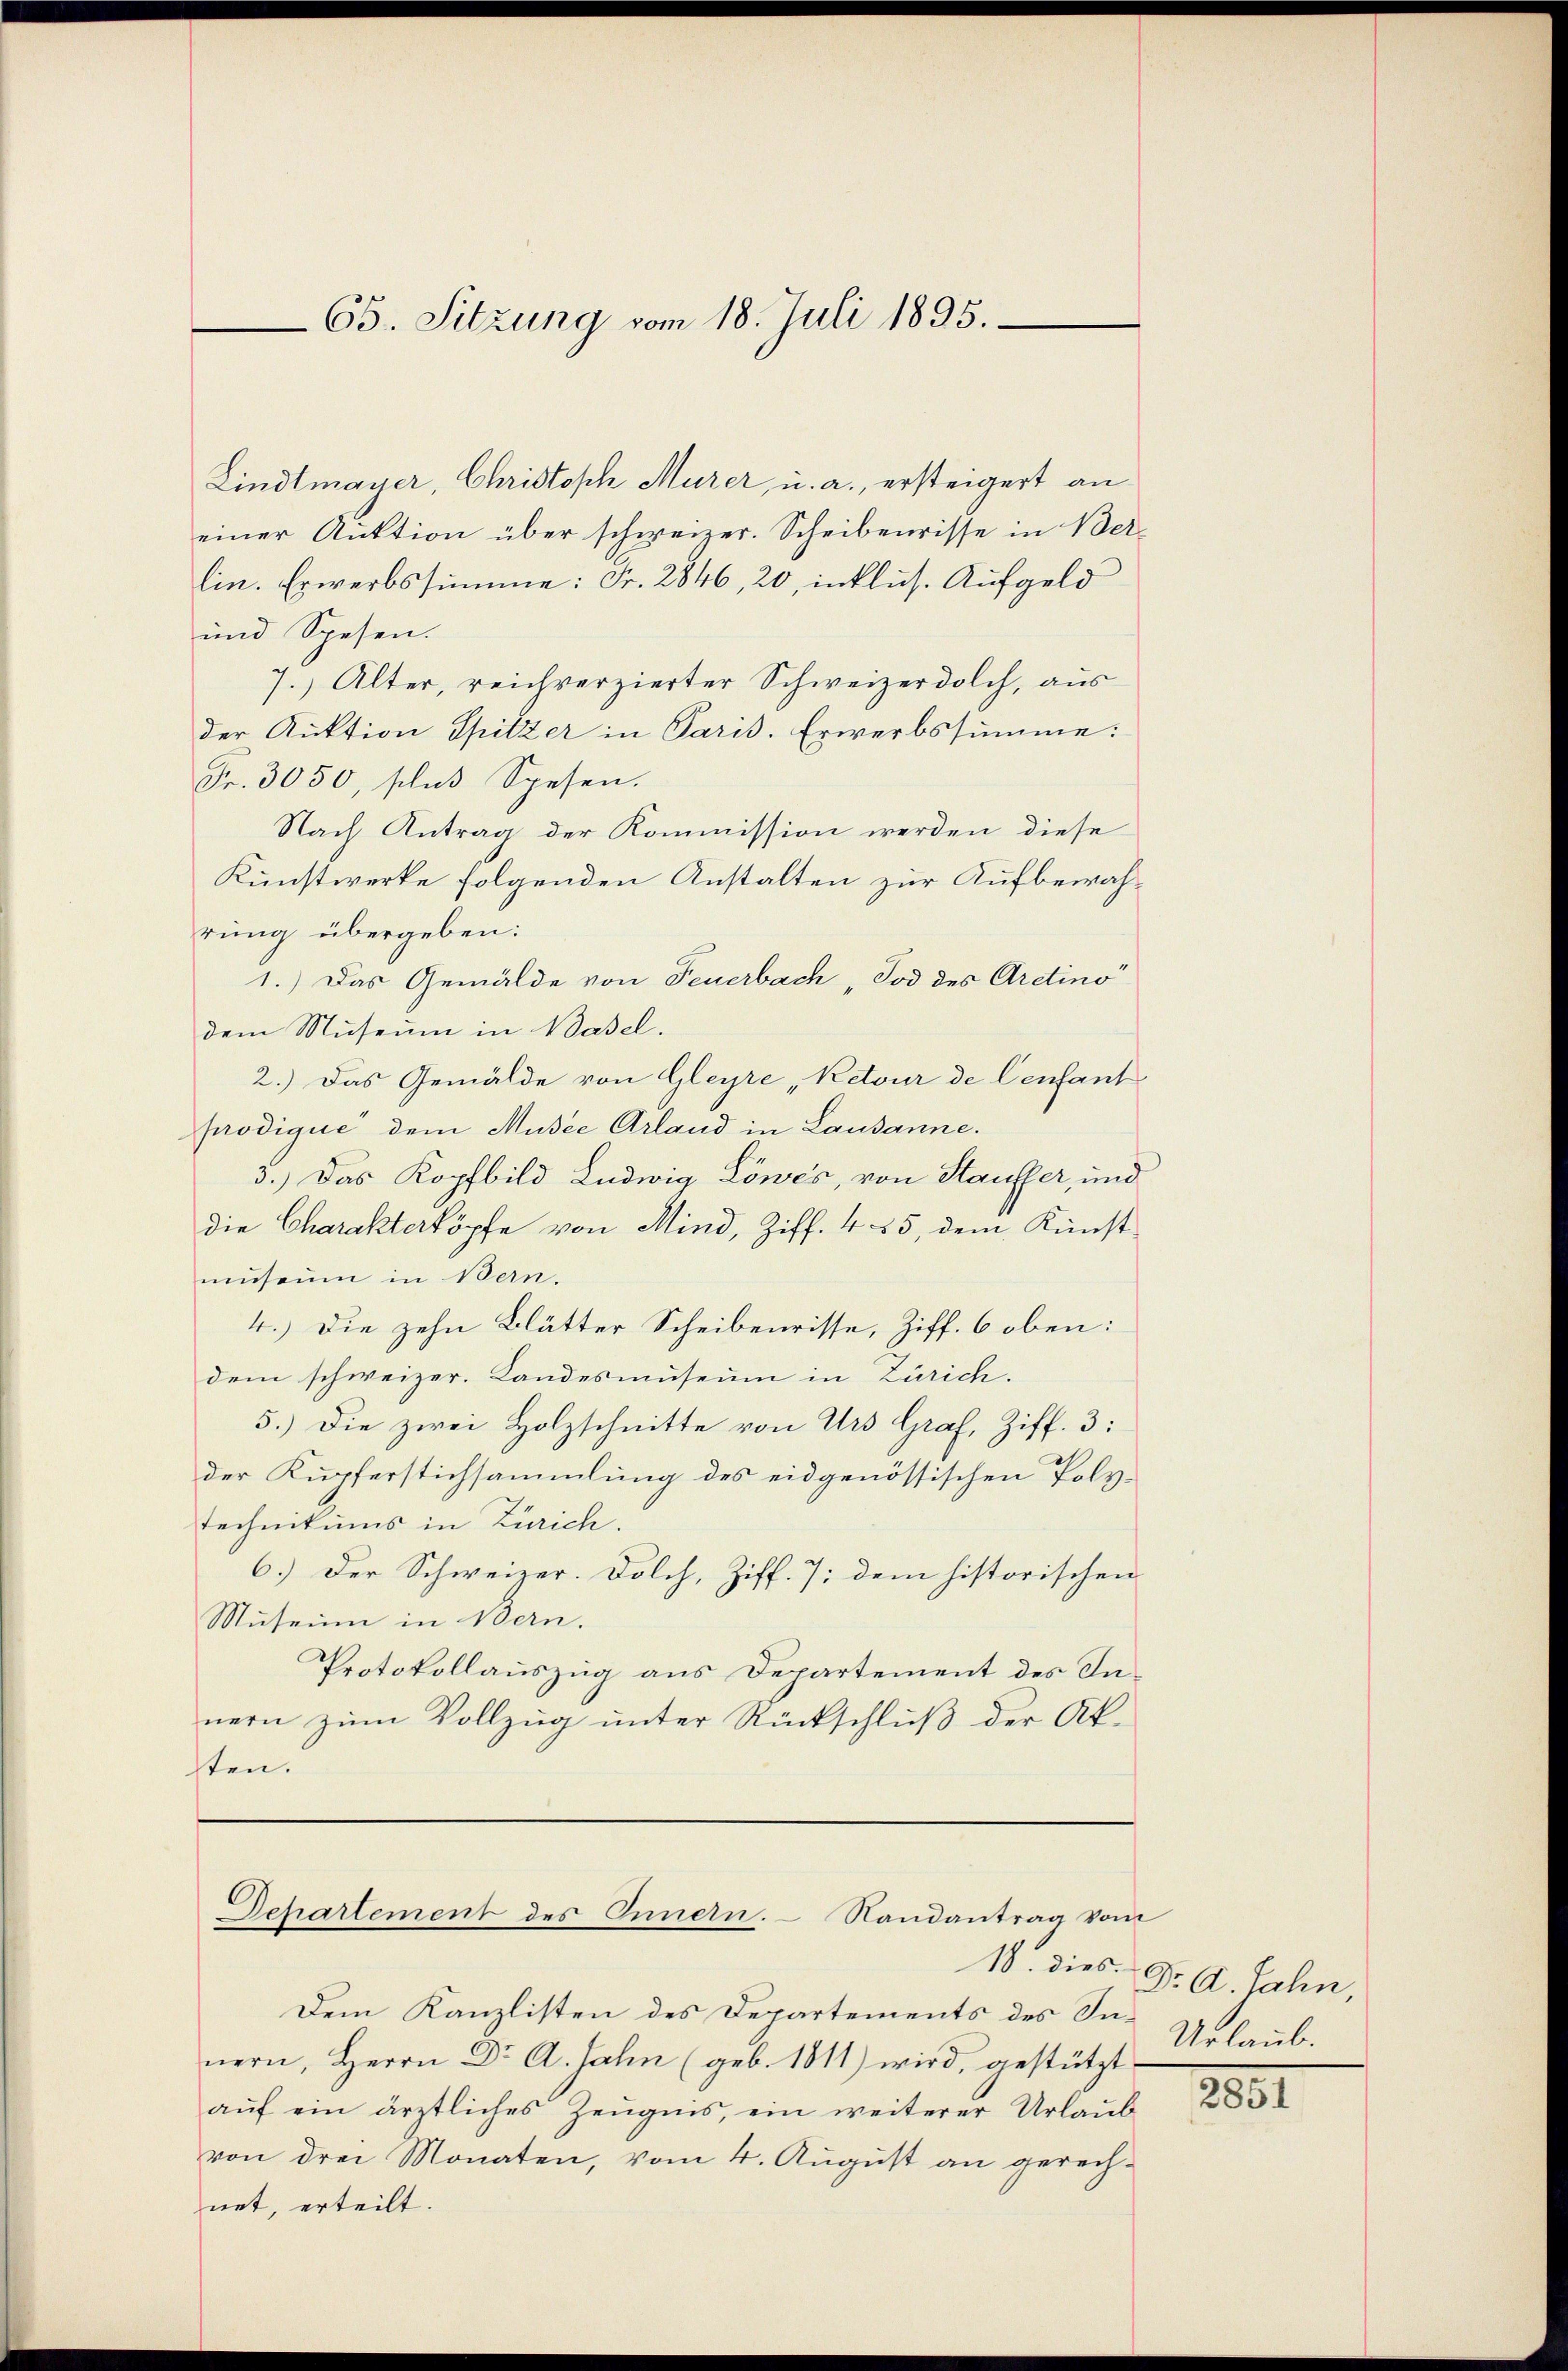
65. Sitzung vom 18. Juli 1895.

Lindtmayer, Christoph Murer, u. a., ersteigert an
einer Auktion über schweizer. Scheibenrisse in Berlin. Erwerbssumme: Fr. 2846, 20, inklus. Aufgeld
und Spesen.
7.) Alter, reichverzierter Schweizerdolch, aus
der Auktion Spitzer in Paris. Erwerbssumme:
Fr. 3050, plus Spesen.
Nach Antrag der Kommission werden diese
Kunstwerke folgenden Anstalten zur Aufbewahrung übergeben:
1.) Das Gemälde von Feuerbach, Tod des Ardino
dem Museum in Basel.
2.) Das Gemälde von Gleyre „Retour de Cenfant
prodique dem Musee Arland in Lausanne.
3.) Das Kopfbild Ludwig Löwes, von Stauffer, und
die Charakterköpfe von Mind, Ziff. 455, dem Kunst-
museum in Bern.
4.) Die zehn Blätter Scheibenrisse, Ziff. 6 oben:
dem schweizer. Landesmuseum in Zürich.
5.) Die zwei Holzschnitte von Urs Graf, Ziff. 3:
der Kupferstichsammlung des eidgenössischen Polytechnikums in Zürich.
6.) Der Schweizer. Dolch, Ziff. 7; dem historischen
Musein in Bern.
Protokollauszug aus Departement des Innern zum Vollzug unter Rückschluß der Ak-
ten.

Departement des Innern. Nandantrag vom
18. dies

Dem Kanzlisten des Departements des In- Urlaub.
nern, Herrn Dr A. Jahn (geb. 1811) wird, gestützt
auf ein ärztliches Zeugnis, ein weiterer Urlaub
von drei Monaten, vom 4. August an gerech-
net, erteilt.

Dr A. Jahn,

2851